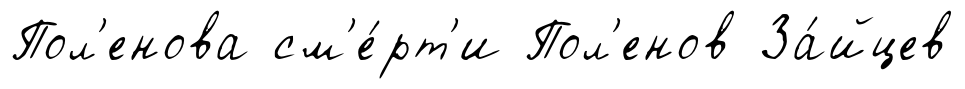
Пол'енова см'е́рт'и Пол'енов За́йцев